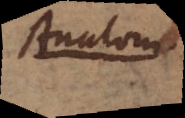
Anatom.